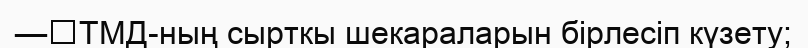
—	ТМД-ның сырткы шекараларын бірлесіп күзету;